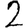
Digit: 2